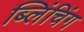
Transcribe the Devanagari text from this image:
ब्लिंचिंग